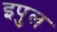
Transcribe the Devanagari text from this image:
इपुल